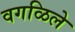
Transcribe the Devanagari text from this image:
वगळिले